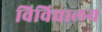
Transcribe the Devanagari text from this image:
विविद्यालय